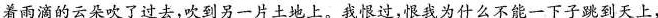
着雨滴的云朵吹了过去，吹到另一片土地上。我恨过，恨我为什么不能一下子跳到天上，